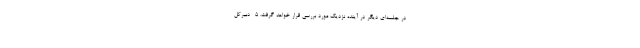
در جلسه‌ای دیگر در آینده نزدیک مورد بررسی قرار خواهد گرفت. ۵- دبیرکل